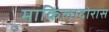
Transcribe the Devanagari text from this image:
माकिलादोरास